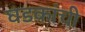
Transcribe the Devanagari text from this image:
घडकांची